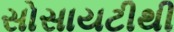
સોસાયટીથી